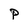
Character: P